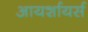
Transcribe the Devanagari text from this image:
आयर्शायर्स